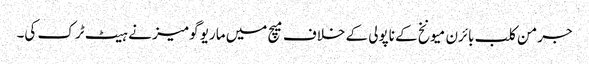
جرمن کلب بائرن میونخ کے ناپولی کے خلاف میچ میں ماریو گومیز نے ہیٹ ٹرک کی۔